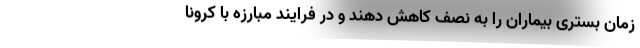
زمان بستری بیماران را به نصف کاهش دهند و در فرایند مبارزه با کرونا